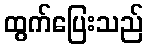
ထွက်ပြေးသည်